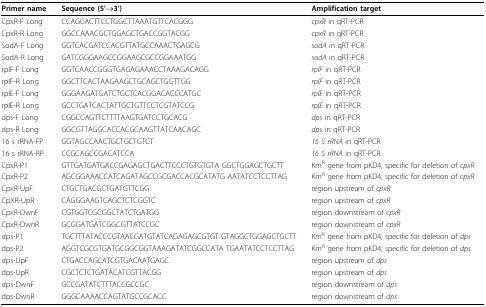
| Primer name | Sequence (5'→3') | Amplification target |
 | --- | --- | --- |
 | CpxR-F Long | CCAGCACTTCCTGGCTTAAATGTTCACGGG | cpxR in qRT-PCR |
 | CpxR-R Long | GGCCAAACGCTGGAGCTGACCGGTACGG | cpxR in qRT-PCR |
 | SodA-F Long | GGTCACGATCCACGTTATGCCAAACTGAGCG | sodA in qRT-PCR |
 | SodA-R Long | GATCGGGAAGCCGGAAGCGCCGGAAATGG | sodA in qRT-PCR |
 | rplF-F Long | GGTCAACCGGGTGAGAGAAACCTAAAGACAGG | rplF in qRT-PCR |
 | rplF-R Long | GGCTTCACTAAGAAGCTGCAGCTGGTTGG | rplF in qRT-PCR |
 | rplE-F Long | GGGAAGATGATCTGCTCACGGACACCCATGC | rplE in qRT-PCR |
 | rplE-R Long | GCCTGATCACTATTGCTGTTCCTCGTATCCG | rplE in qRT-PCR |
 | dps-F Long | CGGCCAGTTCTTTTAAGTGATCCTGCACG | dps in qRT-PCR |
 | dps-R Long | GGCGTTAGGCACCACGCAAGTTATCAACAGC | dps in qRT-PCR |
 | 16 s rRNA-FP | GGTAGCCAACTGCTGCTGTCT | 16 S rRNA in qRT-PCR |
 | 16 s rRNA-RP | CCGCAGCCGACATCCA | 16 S rRNA in qRT-PCR |
 | CpxR-P1 | GTTGATGATGACCGAGAGCTGACTTCCCTGTGTGTA GGCTGGAGCTGCTT | KmR gene from pKD4; specific for deletion of cpxR |
 | CpxR-P2 | AGCGGAAACCATCAGATAGCCGCGACCACGCATATG AATATCCTCCTTAG | KmR gene from pKD4; specific for deletion of cpxR |
 | CpxR-UpF | CTGCTGACGCTGATGTTCGG | region upstream of cpxR |
 | CpXR-UpR | CAGGGAAGTCAGCTCTCGGTC | region upstream of cpxR |
 | CpxR-DwnF | CGTGGTCGCGGCTATCTGATGG | region downstream of cpxR |
 | CpxR-DwnR | GCGGATGATCGGCGTTATCCGC | region downstream of cpxR |
 | dps-P1 | TGCTTTATACCCGTAACGATGTATCAGAGAGCGTGT GTAGGCTGGAGCTGCTT | KmR gene from pKD4; specific for deletion of dps |
 | dps-P2 | AGGTCGCGTGATGCGGCGGTAAAGATATCGGCCATA TGAATATCCTCCTTAG | KmR gene from pKD4; specific for deletion of dps |
 | dps-UpF | CTGACCAGCATCGTGACAATGAGC | region upstream of dps |
 | dps-UpR | CGCTCTCTGATACATCGTTACGG | region upstream of dps |
 | dps-DwnF | GCCGATATCTTTACCGCCGC | region downstream of dps |
 | dps-DwnR | GGGCAAAACCAGTATGCCGCACC | region downstream of dps |